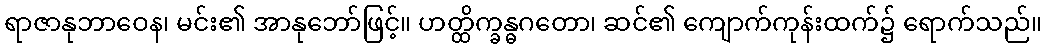
ရာဇာနုဘာဝေန၊ မင်း၏ အာနုဘော်ဖြင့်။ ဟတ္ထိက္ခန္ဓဂတော၊ ဆင်၏ ကျောက်ကုန်းထက်၌ ရောက်သည်။